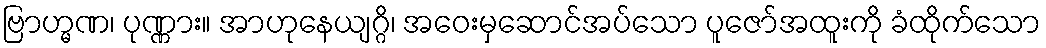
ဗြာဟ္မဏ၊ ပုဏ္ဏား။ အာဟုနေယျဂ္ဂိ၊ အဝေးမှဆောင်အပ်သော ပူဇော်အထူးကို ခံထိုက်သော